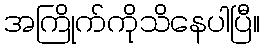
အကြိုက်ကိုသိနေပါပြီ။